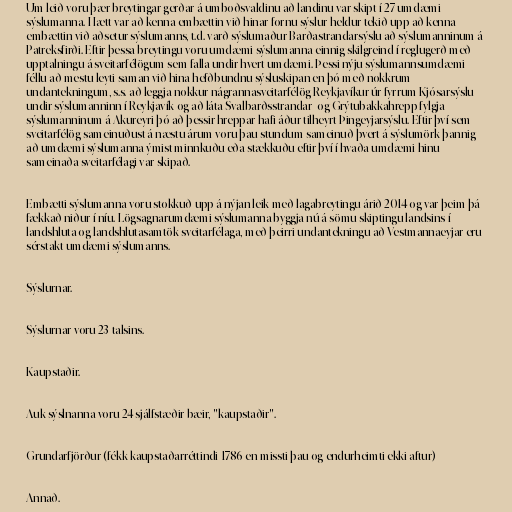
Um leið voru þær breytingar gerðar á umboðsvaldinu að landinu var skipt í 27 umdæmi
sýslumanna. Hætt var að kenna embættin við hinar fornu sýslur heldur tekið upp að kenna
embættin við aðsetur sýslumanns, t.d. varð sýslumaður Barðastrandarsýslu að sýslumanninum á
Patreksfirði. Eftir þessa breytingu voru umdæmi sýslumanna einnig skilgreind í reglugerð með
upptalningu á sveitarfélögum sem falla undir hvert umdæmi. Þessi nýju sýslumannsumdæmi
féllu að mestu leyti saman við hina hefðbundnu sýsluskipan en þó með nokkrum
undantekningum, s.s. að leggja nokkur nágrannasveitarfélög Reykjavíkur úr fyrrum Kjósarsýslu
undir sýslumanninn í Reykjavík og að láta Svalbarðsstrandar- og Grýtubakkahrepp fylgja
sýslumanninum á Akureyri þó að þessir hreppar hafi áður tilheyrt Þingeyjarsýslu. Eftir því sem
sveitarfélög sameinuðust á næstu árum voru þau stundum sameinuð þvert á sýslumörk þannig
að umdæmi sýslumanna ýmist minnkuðu eða stækkuðu eftir því í hvaða umdæmi hinu
sameinaða sveitarfélagi var skipað.

Embætti sýslumanna voru stokkuð upp á nýjan leik með lagabreytingu árið 2014 og var þeim þá
fækkað niður í níu. Lögsagnarumdæmi sýslumanna byggja nú á sömu skiptingu landsins í
landshluta og landshlutasamtök sveitarfélaga, með þeirri undantekningu að Vestmannaeyjar eru
sérstakt umdæmi sýslumanns.

Sýslurnar.

Sýslurnar voru 23 talsins.

Kaupstaðir.

Auk sýslnanna voru 24 sjálfstæðir bæir, "kaupstaðir".

Grundarfjörður (fékk kaupstaðarréttindi 1786 en missti þau og endurheimti ekki aftur)

Annað.